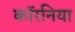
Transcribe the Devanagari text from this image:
कॉरनिया